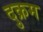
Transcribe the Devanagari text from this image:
दुक्रम